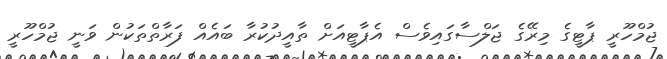
ޖުމްހޫރީ ޕާޓީގެ މިރޭގެ ޖަލްސާގައިވެސް އެޕާޓީއަށް ތާއީދުކުރާ ބައެއް ފަރާތްތަކުން ވަނީ ޖުމްހޫރީ